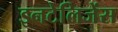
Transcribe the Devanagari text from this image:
इनटेलिजेंस